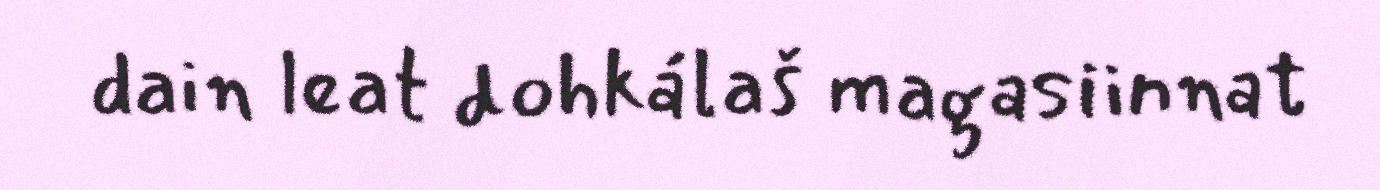
dain leat dohkálaš magasiinnat